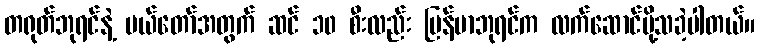
တရုတ်ဘုရင်နဲ့ မယ်တော်အတွက် ဆင် ၁၀ စီးလည်း မြန်မာဘုရင်က လက်ဆောင်ပို့သခဲ့ပါတယ်။